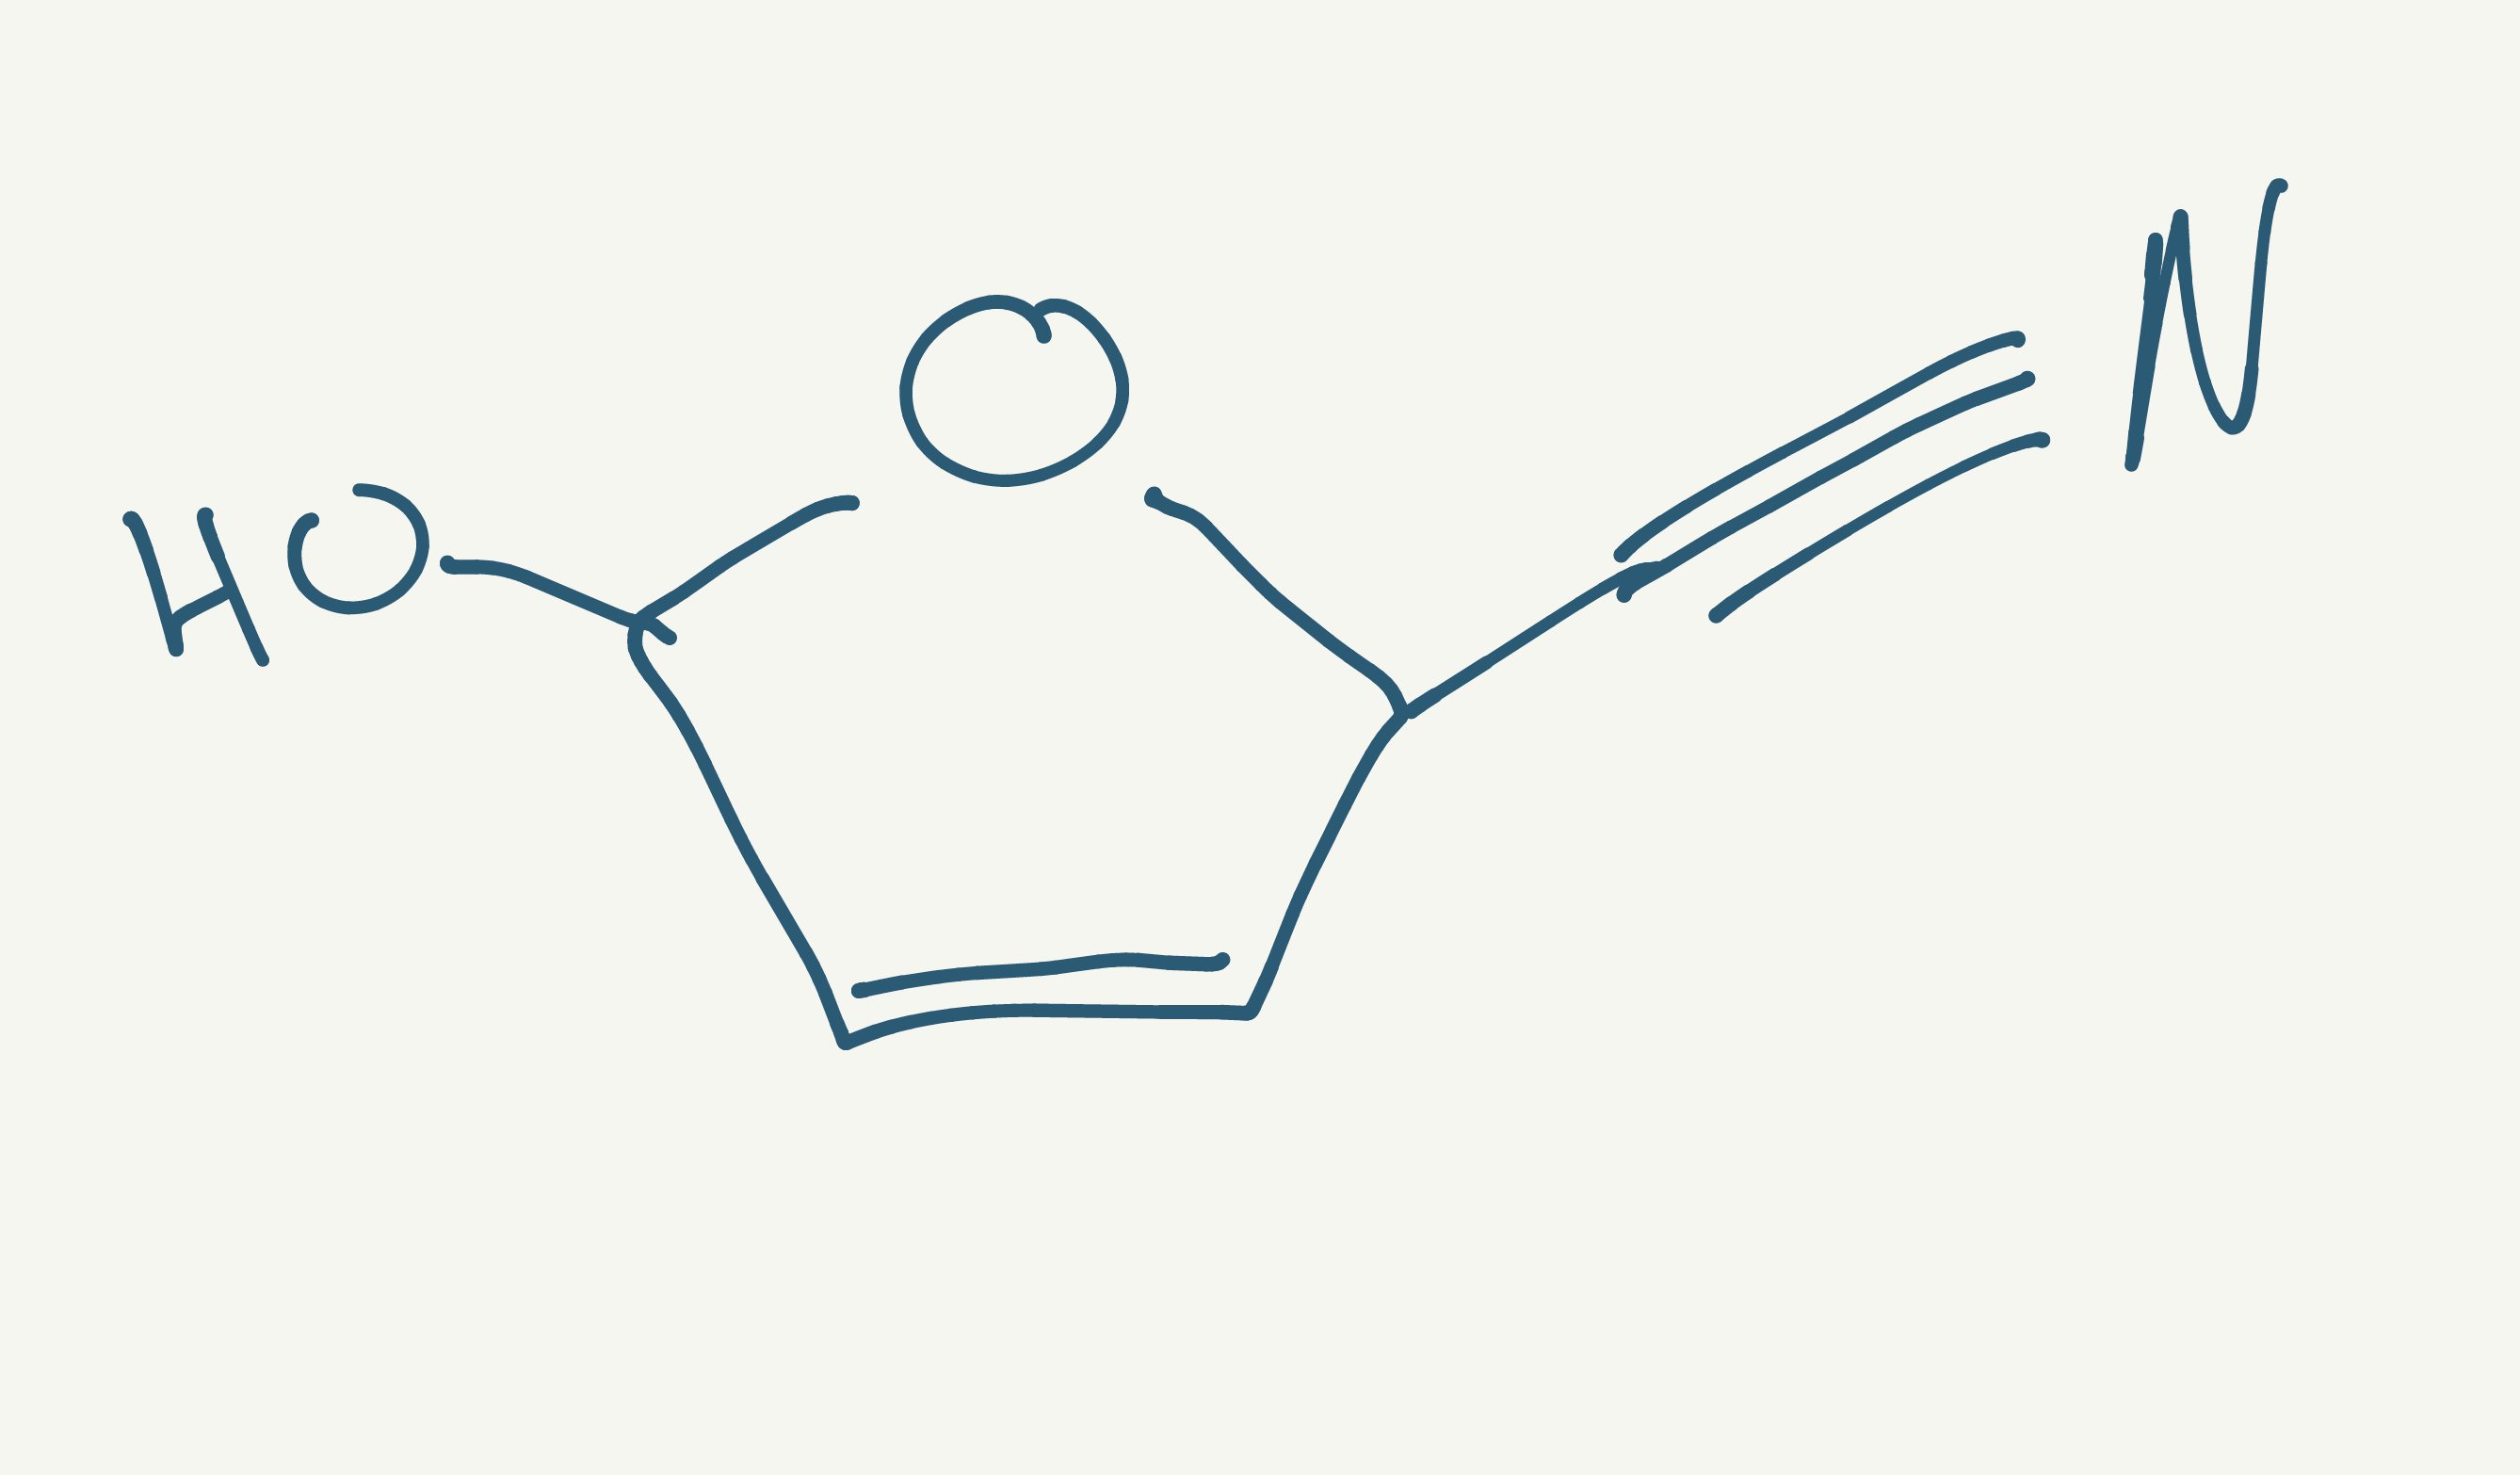
Simplified molecular-input line-entry system (SMILES) notation of the given molecule:
C1=CC(OC1C#N)O